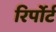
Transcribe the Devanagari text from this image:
रिर्पोर्ट